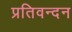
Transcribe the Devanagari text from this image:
प्रतिवन्दन